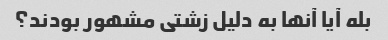
بله آیا آنها به دلیل زشتی مشهور بودند؟